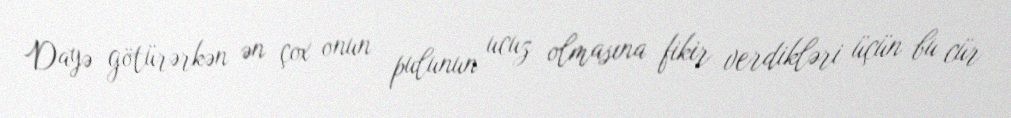
Dayə götürərkən ən çox onun pulunun ucuz olmasına fikir verdikləri üçün bu cür